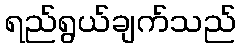
ရည်ရွယ်ချက်သည်